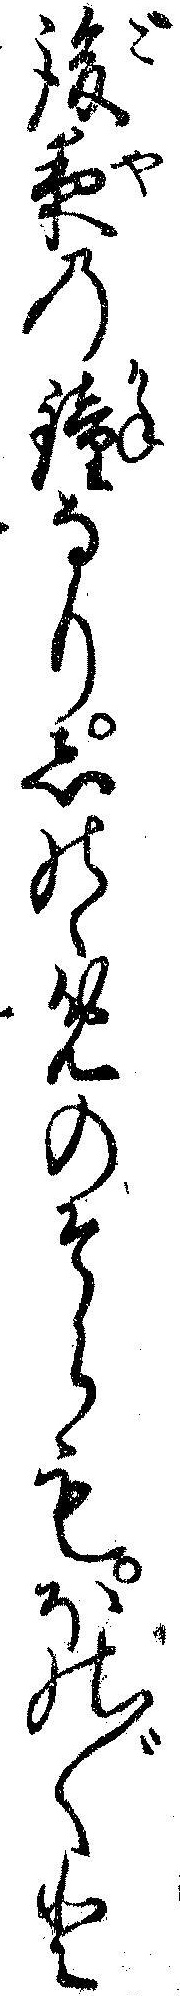
後夜の鐘なりしのゝめのそらもほの〲と